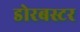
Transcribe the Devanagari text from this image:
डोरबस्टर